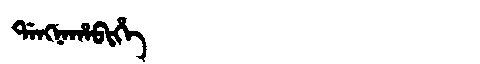
Manchu: ᡩᠠᠩᠨᠠᡥᠠᠪᡳᡥᡝ
Romanization: DANGNAHABIHE